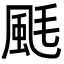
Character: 䫽